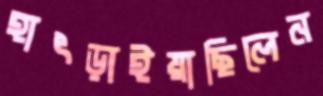
হাৎড়াইয়াছিলেন